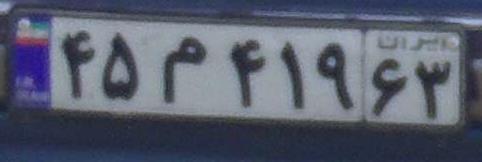
۴۵م۴۱۹۶۳